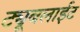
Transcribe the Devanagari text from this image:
ट्यूबलाईट